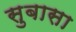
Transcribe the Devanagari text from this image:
सुबासा